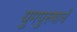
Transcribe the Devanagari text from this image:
युगपुरुषाचे